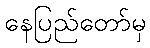
နေပြည်တော်မှ